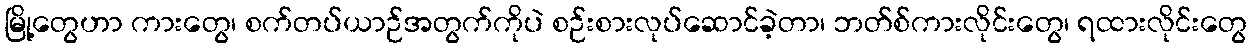
မြို့တွေဟာ ကားတွေ၊ စက်တပ်ယာဉ်အတွက်ကိုပဲ စဉ်းစားလုပ်ဆောင်ခဲ့တာ၊ ဘတ်စ်ကားလိုင်းတွေ၊ ရထားလိုင်းတွေ